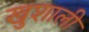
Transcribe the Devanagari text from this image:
खुशाली